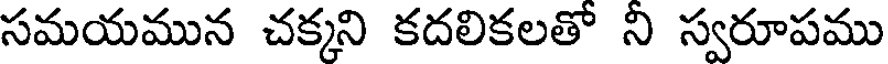
సమయమున చక్కని కదలికలతో ని స్వరూపము